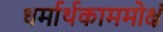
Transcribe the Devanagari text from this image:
धर्मार्थकाममोक्षं